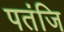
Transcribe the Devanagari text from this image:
पतंजि